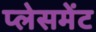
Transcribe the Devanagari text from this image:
प्‍लेसमेंट